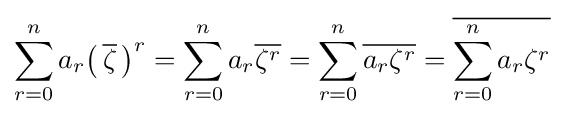
\sum _{r=0}^{n}a_{r}{\big (}\,{\overline {\zeta }}\,{\big )}^{r}=\sum _{r=0}^{n}a_{r}{\overline {\zeta ^{r}}}=\sum _{r=0}^{n}{\overline {a_{r}\zeta ^{r}}}={\overline {\sum _{r=0}^{n}a_{r}\zeta ^{r}}}